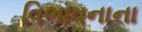
વિભાવનાના